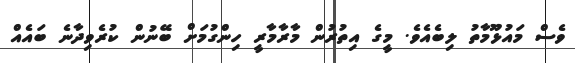
ވެސް މައުޅޫމާތު ލިބެއެވެ. މީގެ އިތުރުން މާރާމާރީ ހިންގުމަށް ބޭނުން ކުރެވިދާނެ ބައެއް